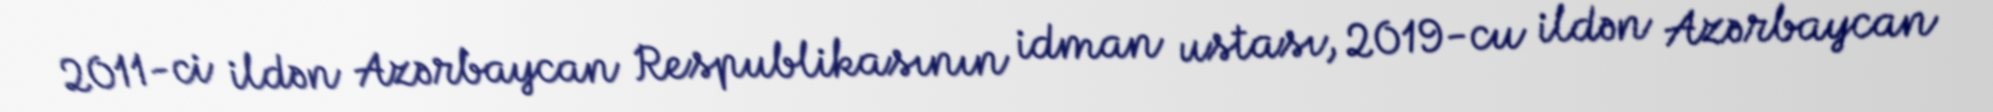
2011-ci ildən Azərbaycan Respublikasının idman ustası, 2019-cu ildən Azərbaycan